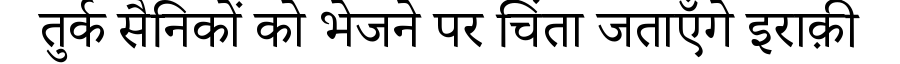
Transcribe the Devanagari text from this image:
तुर्क सैनिकों को भेजने पर चिंता जताएँगे इराक़ी